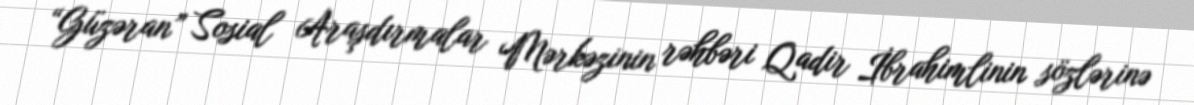
“Güzəran” Sosial Araşdırmalar Mərkəzinin rəhbəri Qadir İbrahimlinin sözlərinə